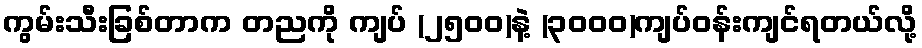
ကွမ်းသီးခြစ်တာက တညကို ကျပ် (၂၅၀၀)နဲ့ (၃၀၀၀)ကျပ်ဝန်းကျင်ရတယ်လို့